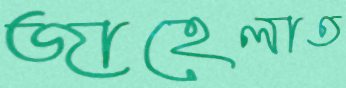
জাহেলাত